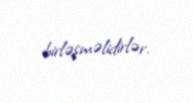
birləşməlidirlər.